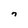
Character: n